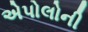
એપોલોની